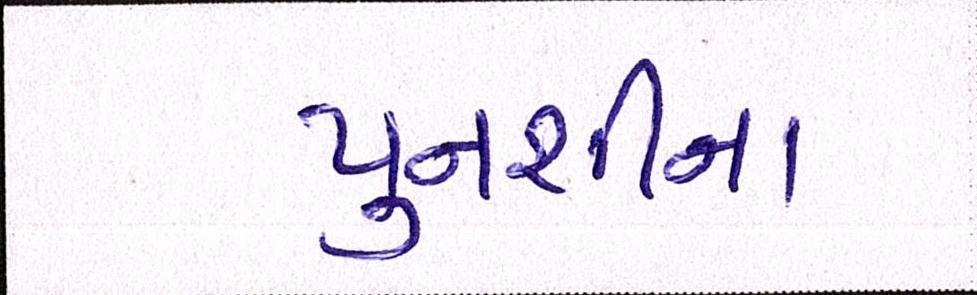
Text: પુનશીના